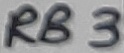
Text: RB3